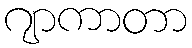
ဂျာကာတာ